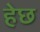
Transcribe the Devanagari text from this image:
हेछ